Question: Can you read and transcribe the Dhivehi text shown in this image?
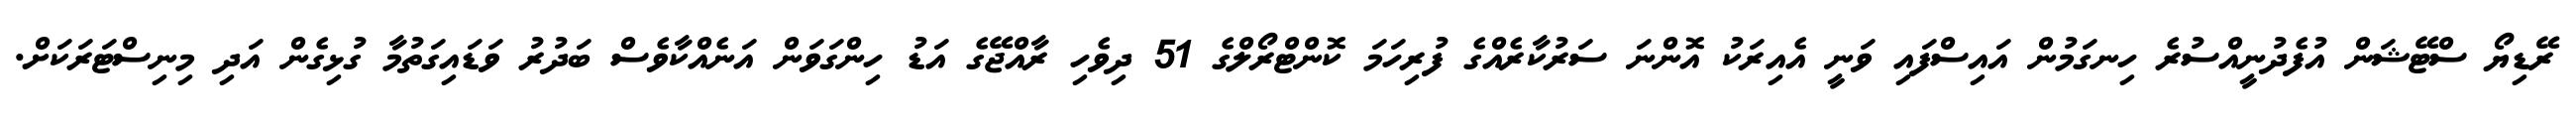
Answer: ރޭޑިޔޯ ސްޓޭޝަން އުފެދުނީއްސުރެ ހިނގަމުން އައިސްފައި ވަނީ އެއިރަކު އޮންނަ ސަރުކާރެއްގެ ފުރިހަމަ ކޮންޓްރޯލްގެ 51 ދިވެހި ރާއްޖޭގެ އަޑު ހިންގަވަން އަނެއްކާވެސް ބަދުރު ވަޑައިގަތުމާ ގުޅިގެން އަދި މިނިސްޓަރަކަށް.